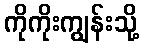
ကိုကိုးကျွန်းသို့